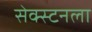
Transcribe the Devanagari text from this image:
सेक्स्टनला